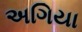
અગિયા